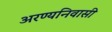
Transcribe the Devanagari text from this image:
अरण्यनिवासी